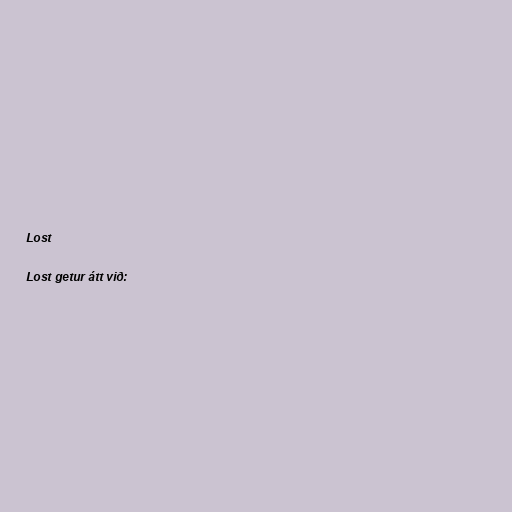
Lost

Lost getur átt við: